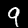
Digit: 9